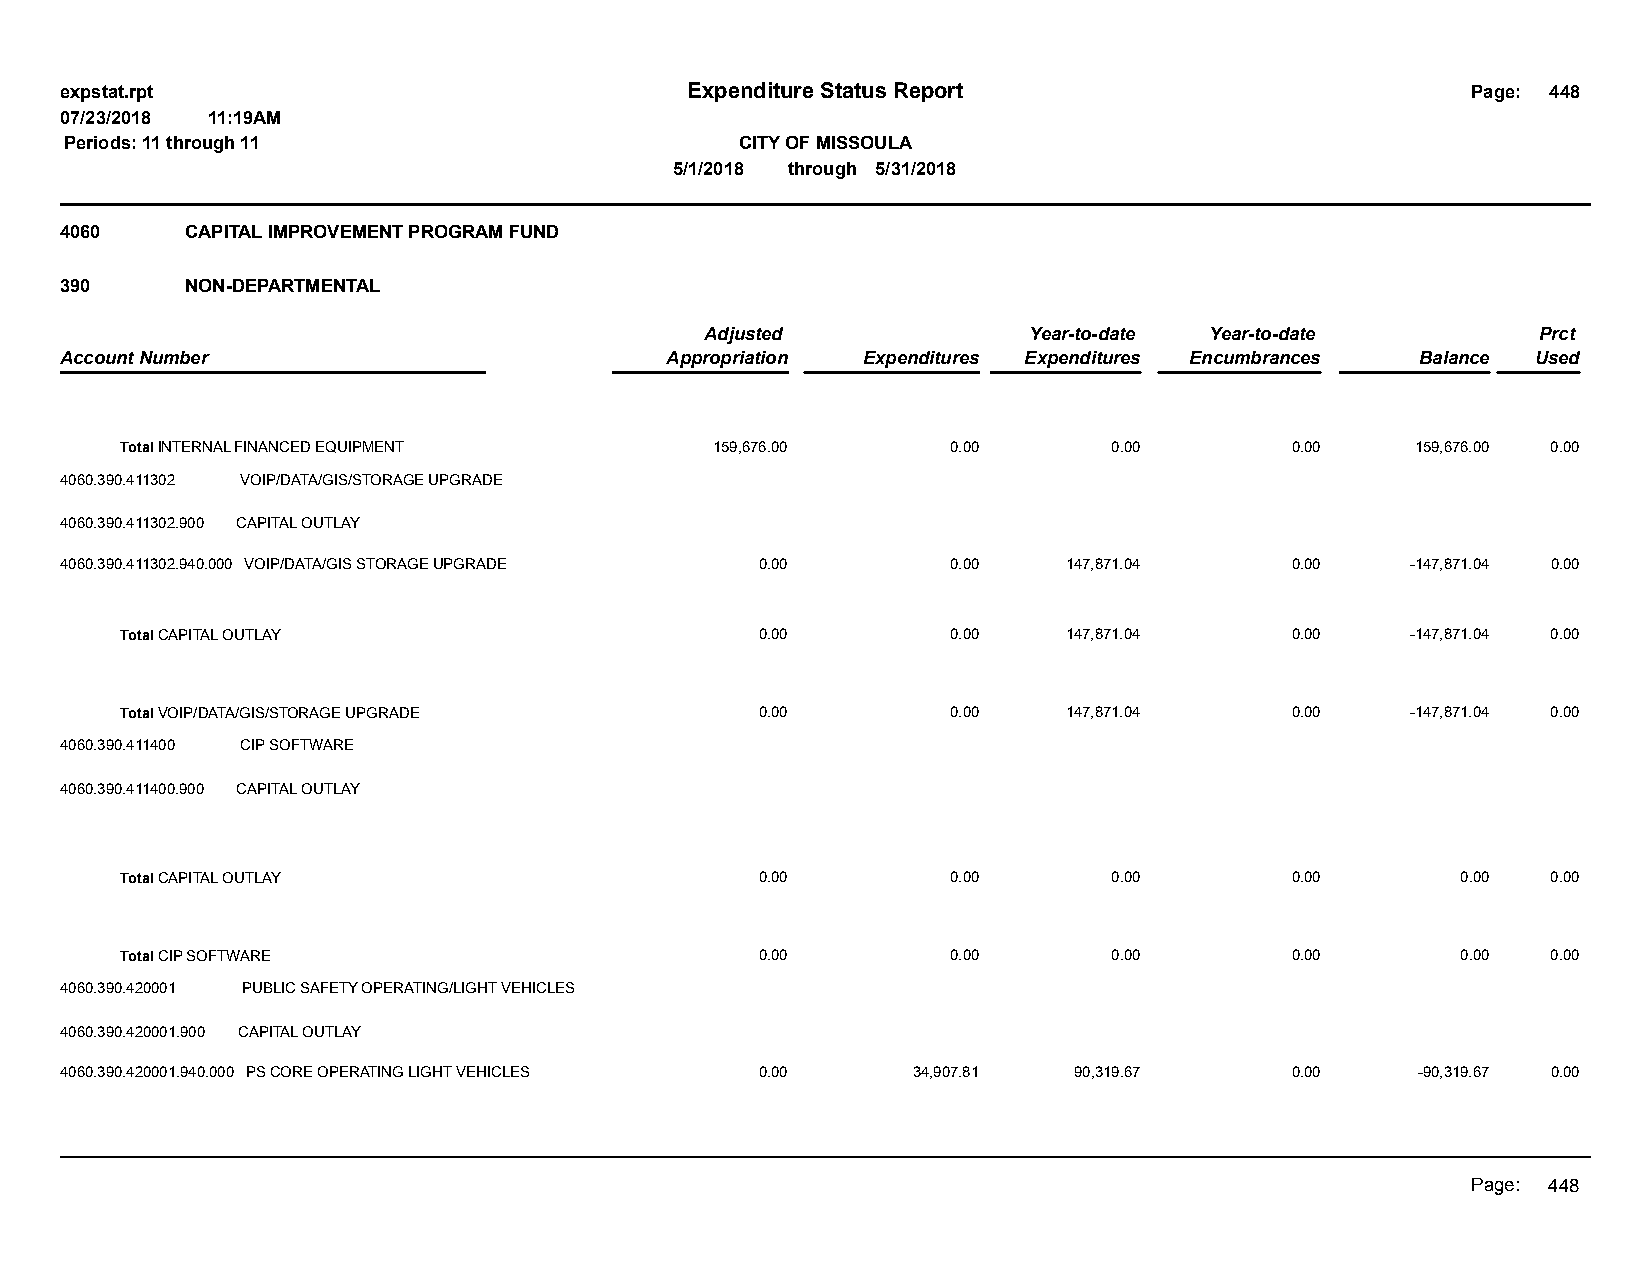
expstat.rpt                              Expenditure Status Report                           Page: 448
 07/23/2018 11:19AM
 Periods: 11 through 11                       CITY OF MISSOULA
 5/1/2018 through 5/31/2018
 4060    CAPITAL IMPROVEMENT PROGRAM FUND
 390     NON-DEPARTMENTAL
 Adjusted             Year-to-date Year-to-date         Prct
 Account Number                          Appropriation Expenditures Expenditures Encumbrances Balance Used
 Total INTERNAL FINANCED EQUIPMENT      159,676.00      0.00       0.00       0.00     159,676.00 0.00
 4060.390.411302 VOIP/DATA/GIS/STORAGE UPGRADE
 4060.390.411302.900 CAPITAL OUTLAY
 4060.390.411302.940.000 VOIP/DATA/GIS STORAGE UPGRADE 0.00 0.00    147,871.04    0.00    -147,871.04 0.00
 Total CAPITAL OUTLAY                      0.00         0.00    147,871.04    0.00    -147,871.04 0.00
 Total VOIP/DATA/GIS/STORAGE UPGRADE       0.00         0.00    147,871.04    0.00    -147,871.04 0.00
 4060.390.411400 CIP SOFTWARE
 4060.390.411400.900 CAPITAL OUTLAY
 Total CAPITAL OUTLAY                      0.00         0.00       0.00       0.00        0.00  0.00
 Total CIP SOFTWARE                        0.00         0.00       0.00       0.00        0.00  0.00
 4060.390.420001 PUBLIC SAFETY OPERATING/LIGHT VEHICLES
 4060.390.420001.900 CAPITAL OUTLAY
 4060.390.420001.940.000 PS CORE OPERATING LIGHT VEHICLES 0.00 34,907.81 90,319.67 0.00    -90,319.67 0.00
 Page: 448